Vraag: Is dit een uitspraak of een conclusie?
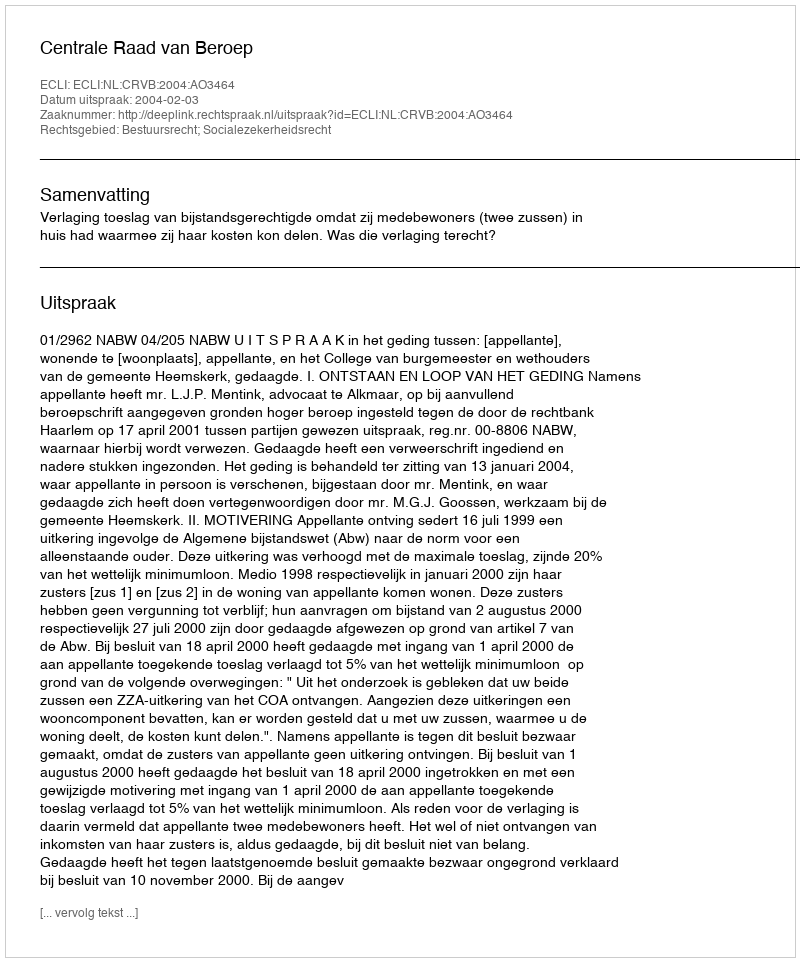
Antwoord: Uitspraak